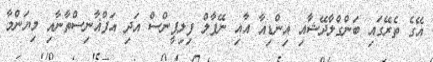
އޭގެ ތެރޭގައި ބަންގްލާދޭޝާއި އިންޑިއާ އާއި ނޭޕާލް ފިލިޕީންސް އަދި އަފްޣާނިސްތާނާއި މިޔަންމާ